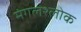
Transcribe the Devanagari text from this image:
मंगलश्लोक